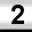
Digit: 2